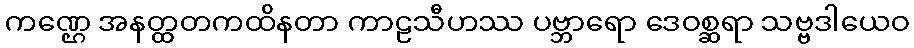
ကဏ္ဌေ အနတ္ထတကထိနတာ ကာဠသီဟဿ ပဗ္ဘာရော ဒေဝစ္ဆရာ သဗ္ဗဒါယေဝ